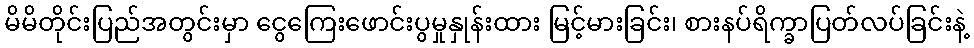
မိမိတိုင်းပြည်အတွင်းမှာ ငွေကြေးဖောင်းပွမှုနှုန်းထား မြင့်မားခြင်း၊ စားနပ်ရိက္ခာပြတ်လပ်ခြင်းနဲ့